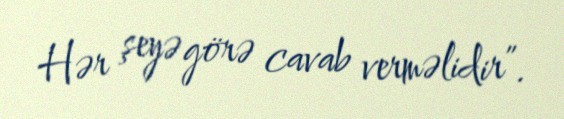
Hər şeyə görə cavab verməlidir”.